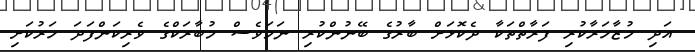
އަދި މުޒާހަރާކުރި ފަރާތްތަކާ ދެކޮޅަށް ބާރުގެ ބޭނުންކުރި ނަމަވެސް މުބާރަކްގެ ވެރިކަންފަދަ ހަރުކަށި